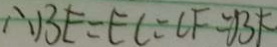
\therefore B E = E C = C F = B F